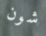
شون